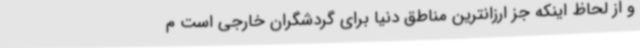
و از لحاظ اینکه جز ارزانترین مناطق دنیا برای گردشگران خارجی است م